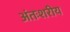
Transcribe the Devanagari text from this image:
अंतःशरीय